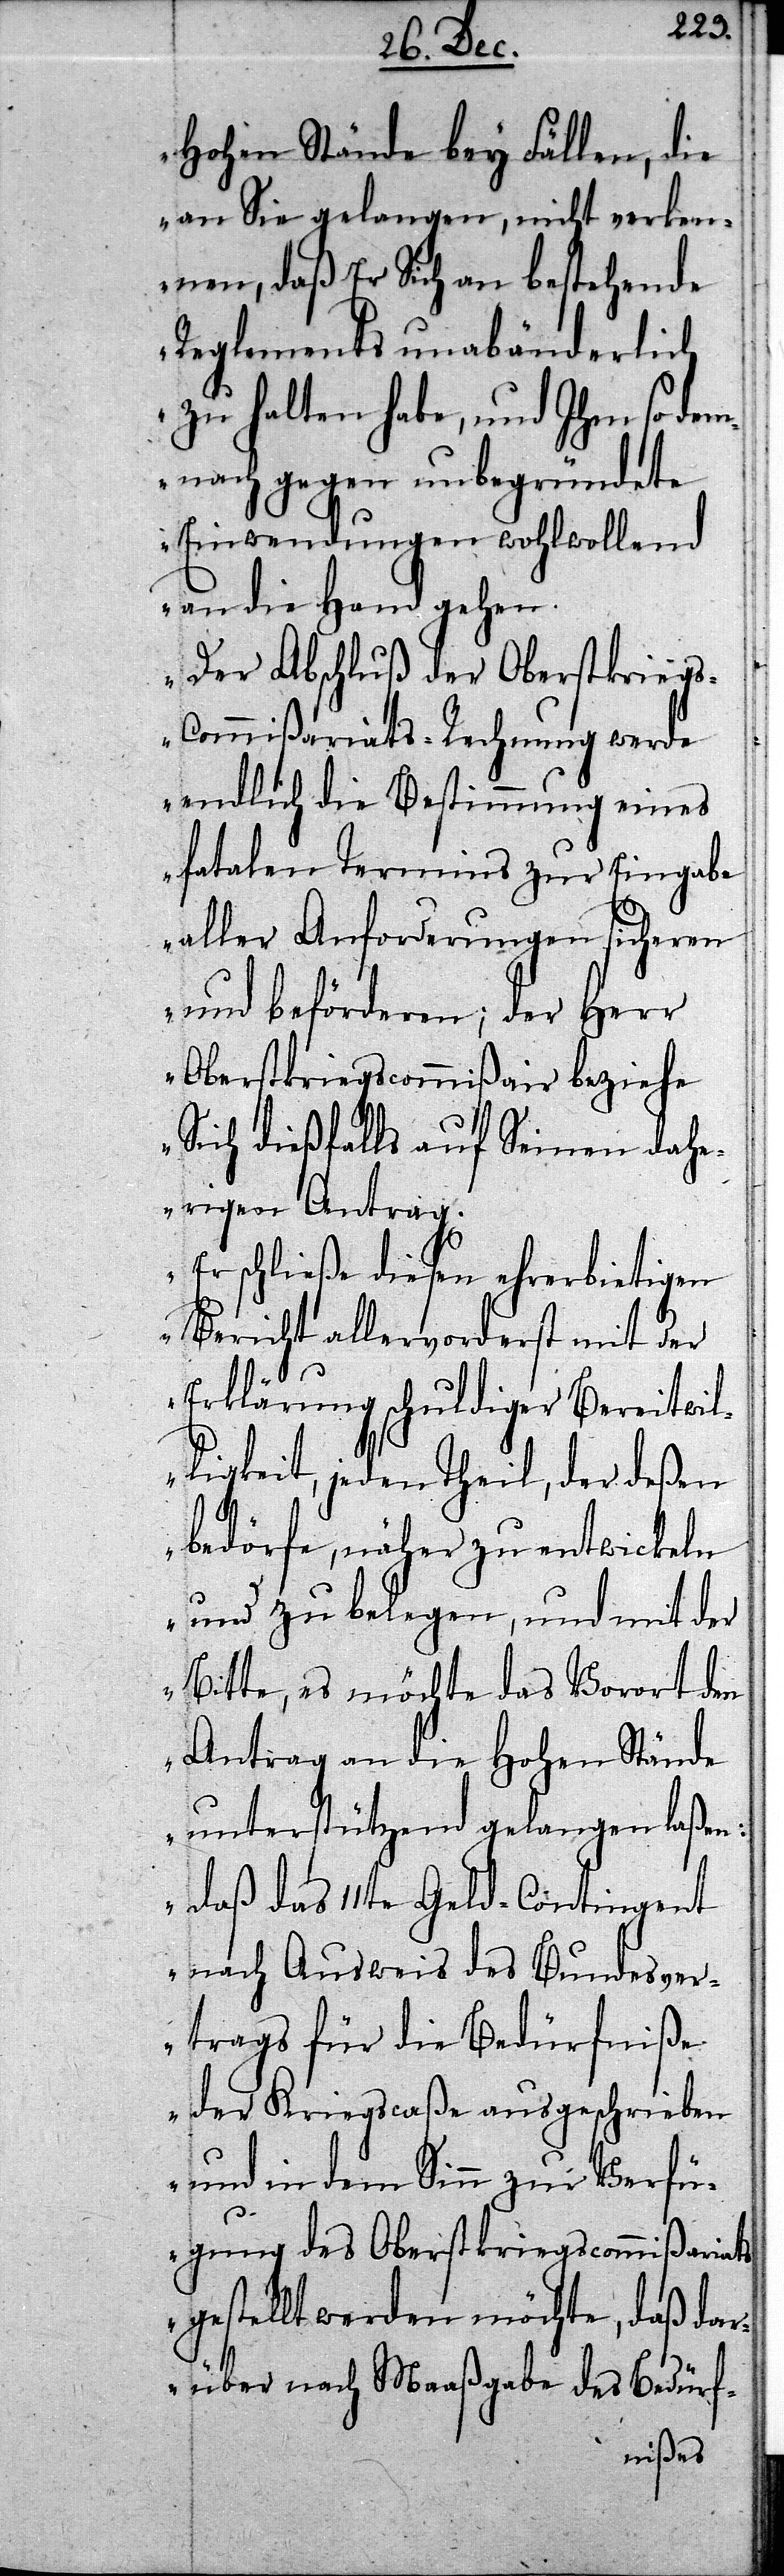
Hohen Stände bey Fällen, die
an Sie gelangen, nicht verken¬
nen, daß Er Sich an bestehende
Reglements unabänderlich
zu halten habe, und Ihm so de¬
mnach gegen unbegründete
Einwendungen wohlwollend
an die Hand gehen.
Der Abschluß der Oberstkrieg¬
s-Commißariats-Rechnung werde
endlich die Bestimmung eines
fatalen Termins zur Eingabe
aller Anforderungen sicheren
und beförderen; der Herr
Oberstkriegscommißair beziehe
Sich dießfalls auf Seinen dahe¬
rigen Antrag.
Er schließe diesen ehrerbietigen
Bericht allervorderst mit der
Erklärung schuldiger Bereitwil¬
ligkeit, jeden Theil, der deßen
bedörfe, näher zu entwickeln
und zu belegen, und mit der
Bitte, es möchte das Vorort den
Antrag an die Hohen Stände
unterstützend gelangen laßen:
daß das 11te Geld-Contingent
nach Ausweis des Bundesver¬
trags für die Bedürfniße
der Kriegscaße ausgeschrieben
und in dem Sinn zur Verfü¬
gung des Oberstkriegscommißariats
gestellt werden möchte, daß dar¬
über nach Maaßgabe des Bedürf-